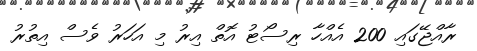
ރާއްޖޭގައި 200 އެއްހާ ރިސޯޓު އޮތް އިރު މި އަހަރު ވެސް އިތުރު